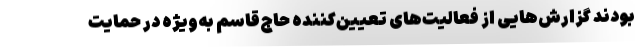
بودند گزارش‌هایی از فعالیت‌های تعیین‌کننده حاج‌قاسم به‌ویژه در حمایت